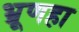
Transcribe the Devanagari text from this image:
भ्रूणहा